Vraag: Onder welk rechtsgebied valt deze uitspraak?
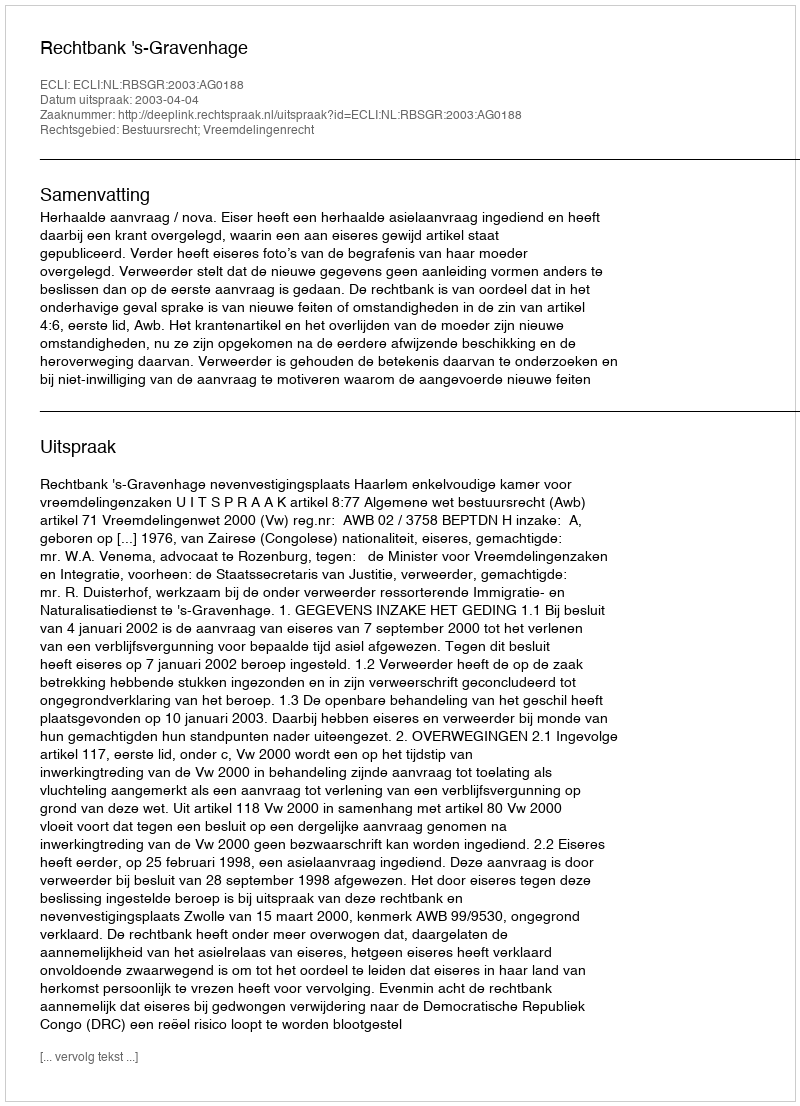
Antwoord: Bestuursrecht; Vreemdelingenrecht